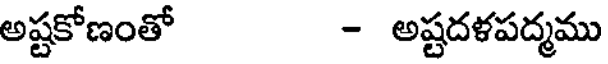
అష్టకోణంతో - అష్టదళపద్మము